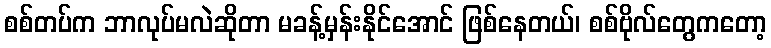
စစ်တပ်က ဘာလုပ်မလဲဆိုတာ မခန့်မှန်းနိုင်အောင် ဖြစ်နေတယ်၊ စစ်ဗိုလ်တွေကတော့